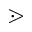
\gtrdot